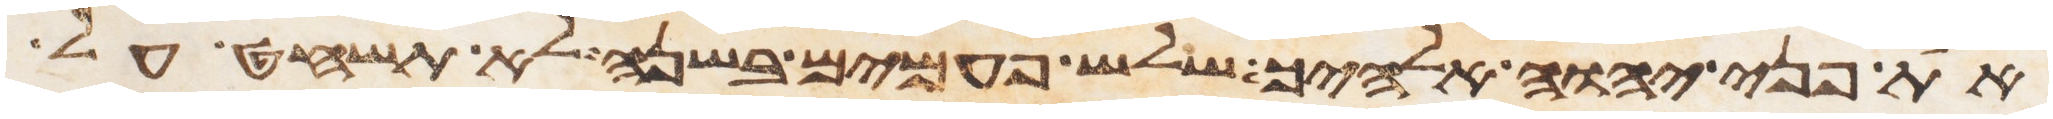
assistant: את פני יהוה אלהיך שלש פעמים בשנה לא תשחט על